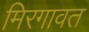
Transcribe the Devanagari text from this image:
मिरगावत